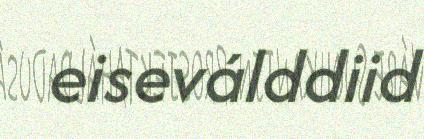
eiseválddiid